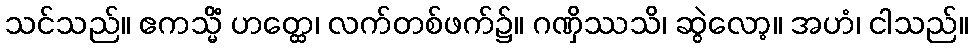
သင်သည်။ ဧကသ္မိံ ဟတ္ထေ၊ လက်တစ်ဖက်၌။ ဂဏှိဿသိ၊ ဆွဲလော့။ အဟံ၊ ငါသည်။